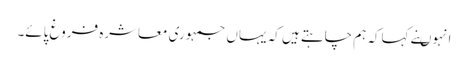
انہوںنے کہاکہ ہم چاہتے ہیں کہ یہاں جمہوری معاشرہ فروغ پائے۔